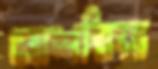
আশরিয়া